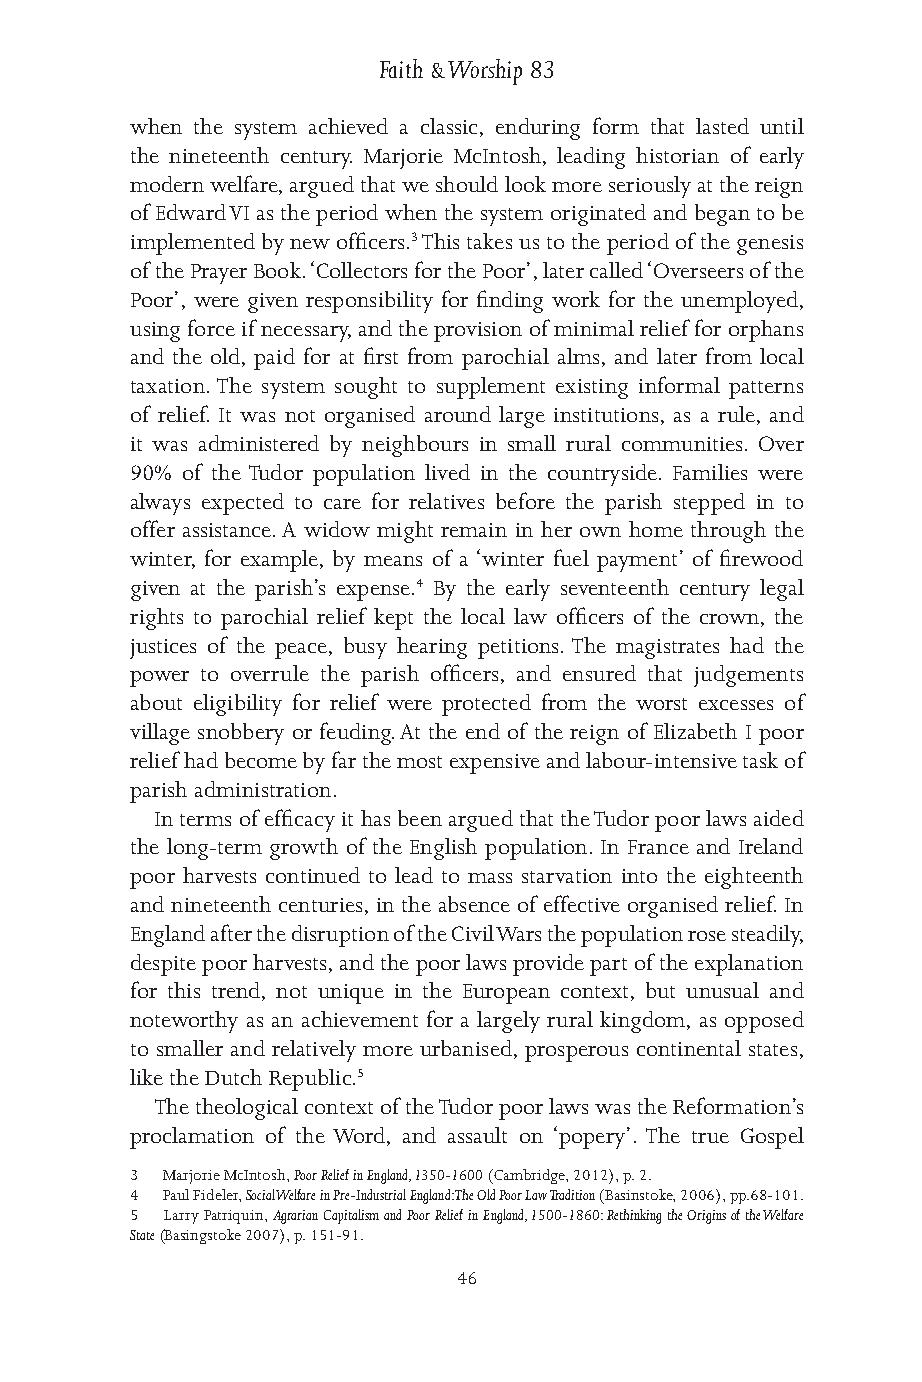
Faith & Worship 83
 when the system achieved a classic, enduring form that lasted until
 the nineteenth century. Marjorie McIntosh, leading historian of early
 modern welfare, argued that we should look more seriously at the reign
 of Edward VI as the period when the system originated and began to be
 implemented by new officers.3 This takes us to the period of the genesis
 of the Prayer Book. ‘Collectors for the Poor’, later called ‘Overseers of the
 Poor’, were given responsibility for finding work for the unemployed,
 using force if necessary, and the provision of minimal relief for orphans
 and the old, paid for at first from parochial alms, and later from local
 taxation. The system sought to supplement existing informal patterns
 of relief. It was not organised around large institutions, as a rule, and
 it was administered by neighbours in small rural communities. Over
 90% of the Tudor population lived in the countryside. Families were
 always expected to care for relatives before the parish stepped in to
 offer assistance. A widow might remain in her own home through the
 winter, for example, by means of a ‘winter fuel payment’ of firewood
 given at the parish’s expense.4 By the early seventeenth century legal
 rights to parochial relief kept the local law officers of the crown, the
 justices of the peace, busy hearing petitions. The magistrates had the
 power to overrule the parish officers, and ensured that judgements
 about eligibility for relief were protected from the worst excesses of
 village snobbery or feuding. At the end of the reign of Elizabeth I poor
 relief had become by far the most expensive and labour-intensive task of
 parish administration.
 In terms of efficacy it has been argued that the Tudor poor laws aided
 the long-term growth of the English population. In France and Ireland
 poor harvests continued to lead to mass starvation into the eighteenth
 and nineteenth centuries, in the absence of effective organised relief. In
 England after the disruption of the Civil Wars the population rose steadily,
 despite poor harvests, and the poor laws provide part of the explanation
 for this trend, not unique in the European context, but unusual and
 noteworthy as an achievement for a largely rural kingdom, as opposed
 to smaller and relatively more urbanised, prosperous continental states,
 like the Dutch Republic.5
 The theological context of the Tudor poor laws was the Reformation’s
 proclamation of the Word, and assault on ‘popery’. The true Gospel
 3 Marjorie McIntosh, Poor Relief in England, 1350-1600 (Cambridge, 2012), p. 2.
 4 Paul Fideler, Social Welfare in Pre-Industrial England: The Old Poor Law Tradition (Basinstoke, 2006), pp.68-101.
 5 Larry Patriquin, Agrarian Capitalism and Poor Relief in England, 1500-1860: Rethinking the Origins of the Welfare
 State (Basingstoke 2007), p. 151-91.
 46